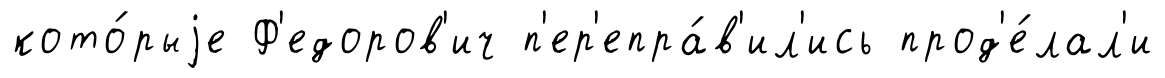
кото́рыjе Ф'едоров'ич п'ер'епра́в'ил'ись прод'е́лал'и